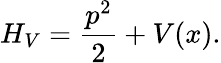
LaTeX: H_{V}=\frac{p^{2}}{2}+V(x).